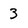
Character: 3